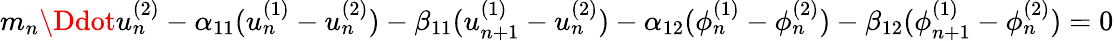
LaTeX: \begin{array}{r}{m_{n}\Ddot{u}_{n}^{(2)}-\alpha_{11}(u_{n}^{(1)}-u_{n}^{(2)})-\beta_{11}(u_{n+1}^{(1)}-u_{n}^{(2)})-\alpha_{12}(\phi_{n}^{(1)}-\phi_{n}^{(2)})-\beta_{12}(\phi_{n+1}^{(1)}-\phi_{n}^{(2)})=0}\end{array}